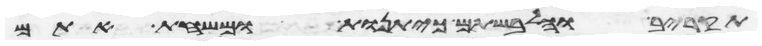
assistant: תקריב והלבשתם כיתנות ומשחת אתם